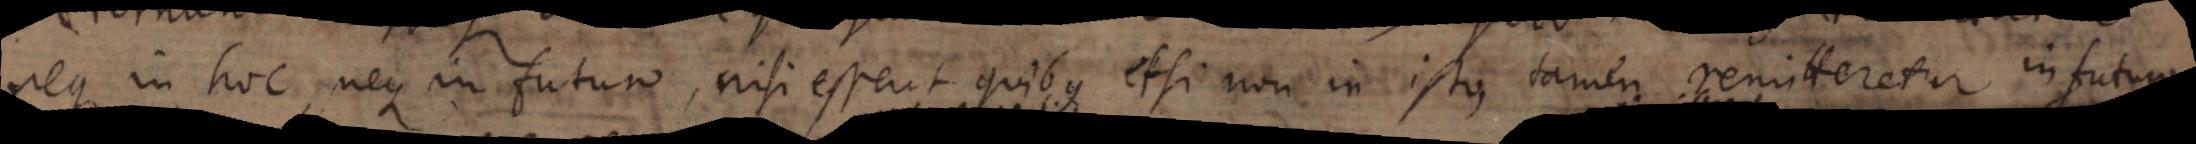
neque in hoc, neque in futuro, nisi essent quibus etsi non in isto, tamen remitteretur in futuro.